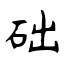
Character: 础